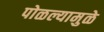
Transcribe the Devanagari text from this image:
पोळल्यामुळे